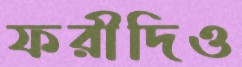
ফরীদিও